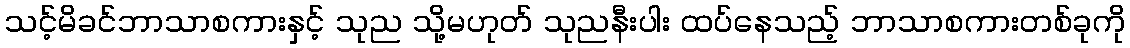
သင့်မိခင်ဘာသာစကားနှင့် သုည သို့မဟုတ် သုညနီးပါး ထပ်နေသည့် ဘာသာစကားတစ်ခုကို